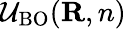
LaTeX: {\cal\mathcal{U}}_{\mathrm{{BO}}}({\mathbf{R},n})